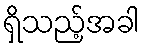
ရှိသည့်အခါ